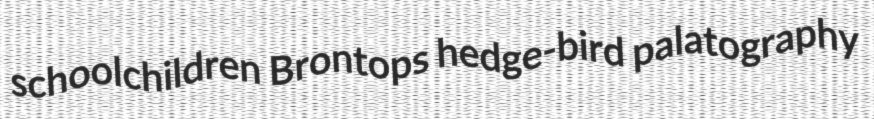
schoolchildren Brontops hedge-bird palatography